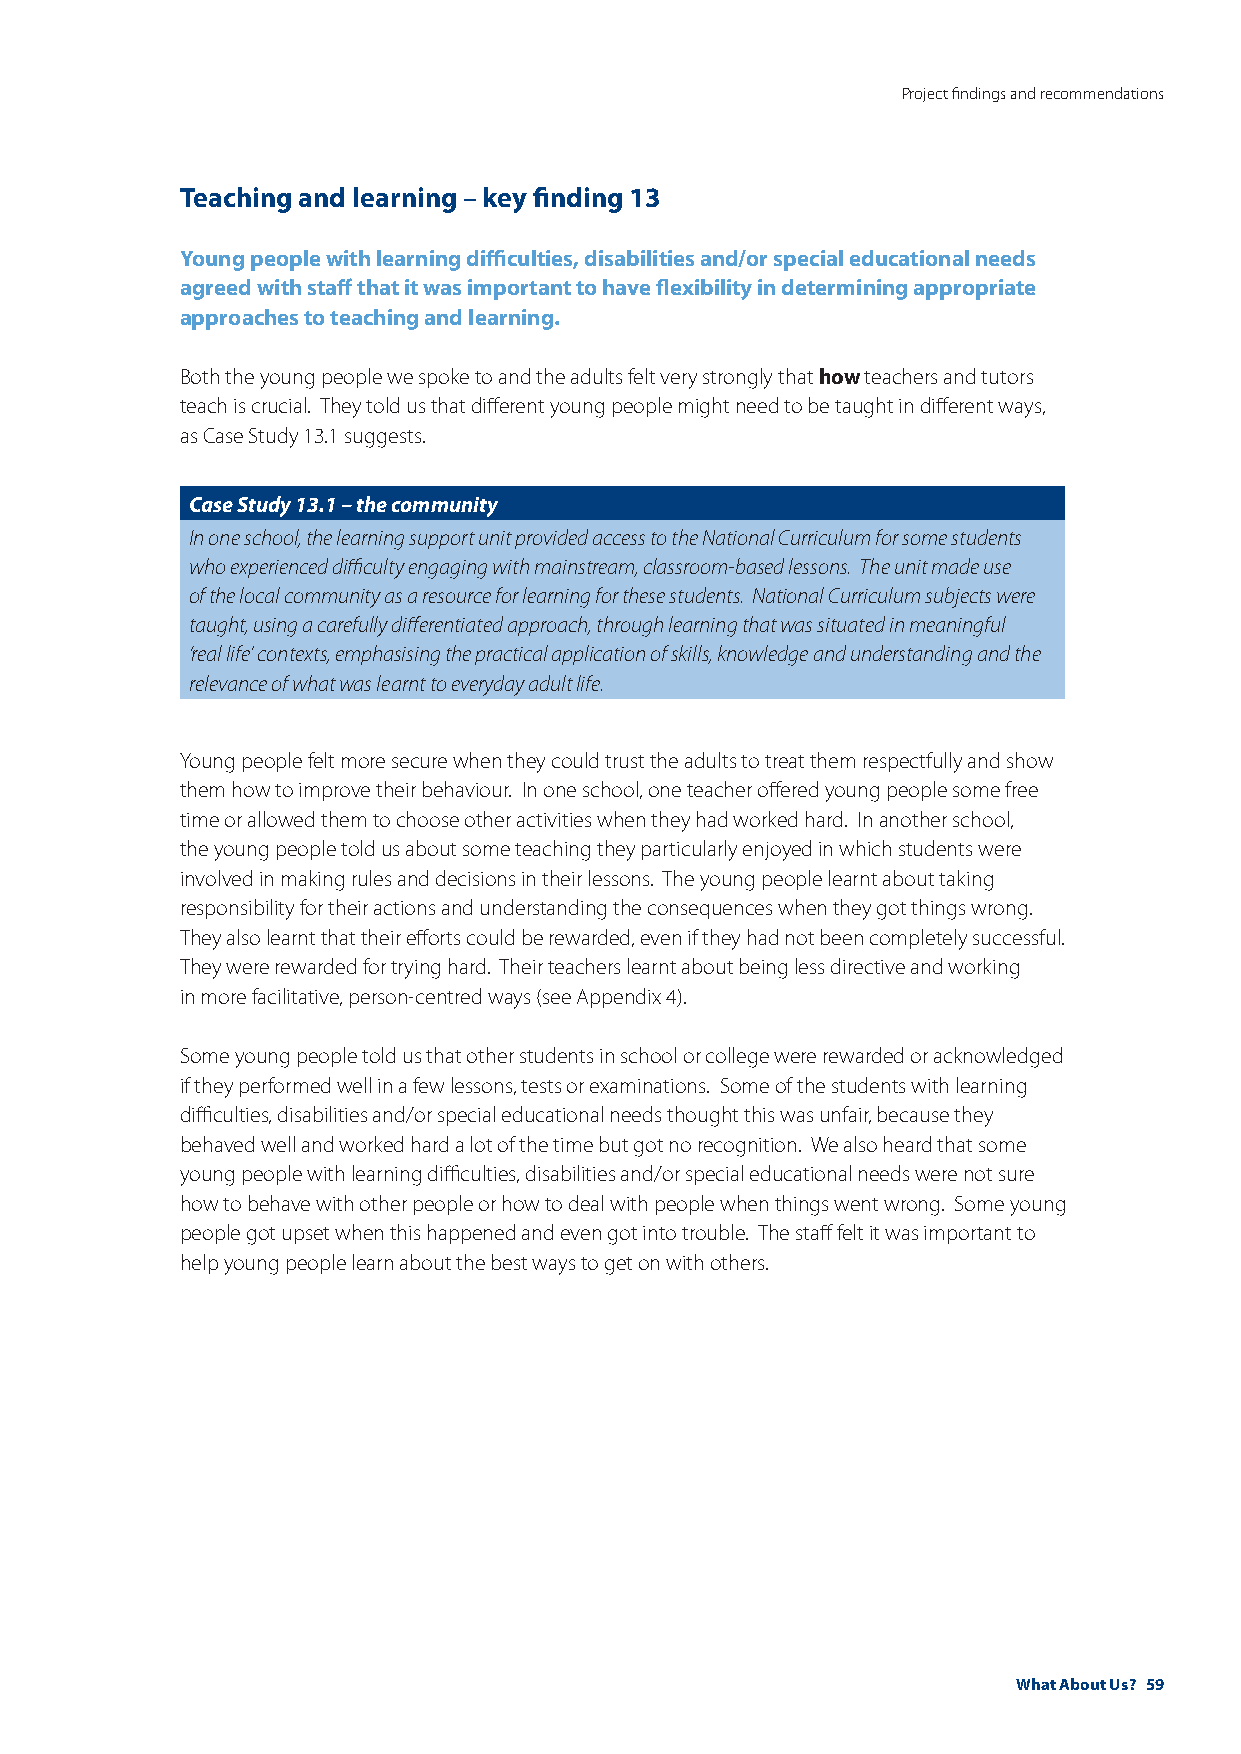
Project findings and recommendations
 Teaching and learning – key finding 13
 Young people with learning difficulties, disabilities and/or special educational needs
 agreed with staff that it was important to have flexibility in determining appropriate
 approaches to teaching and learning.
 Both the young people we spoke to and the adults felt very strongly that how teachers and tutors
 teach is crucial. They told us that different young people might need to be taught in different ways,
 as Case Study 13.1 suggests.
 Case Study 13.1 – the community
 In one school, the learning support unit provided access to the National Curriculum for some students
 who experienced difficulty engaging with mainstream, classroom-based lessons. The unit made use
 of the local community as a resource for learning for these students. National Curriculum subjects were
 taught, using a carefully differentiated approach, through learning that was situated in meaningful
 ‘real life’ contexts, emphasising the practical application of skills, knowledge and understanding and the
 relevance of what was learnt to everyday adult life.
 Young people felt more secure when they could trust the adults to treat them respectfully and show
 them how to improve their behaviour. In one school, one teacher offered young people some free
 time or allowed them to choose other activities when they had worked hard. In another school,
 the young people told us about some teaching they particularly enjoyed in which students were
 involved in making rules and decisions in their lessons. The young people learnt about taking
 responsibility for their actions and understanding the consequences when they got things wrong.
 They also learnt that their efforts could be rewarded, even if they had not been completely successful.
 They were rewarded for trying hard. Their teachers learnt about being less directive and working
 in more facilitative, person-centred ways (see Appendix 4).
 Some young people told us that other students in school or college were rewarded or acknowledged
 if they performed well in a few lessons, tests or examinations. Some of the students with learning
 difficulties, disabilities and/or special educational needs thought this was unfair, because they
 behaved well and worked hard a lot of the time but got no recognition. We also heard that some
 young people with learning difficulties, disabilities and/or special educational needs were not sure
 how to behave with other people or how to deal with people when things went wrong. Some young
 people got upset when this happened and even got into trouble. The staff felt it was important to
 help young people learn about the best ways to get on with others.
 What About Us? 59